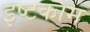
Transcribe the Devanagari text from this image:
इष्टकाम